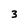
Character: 3